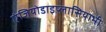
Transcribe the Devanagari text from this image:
एंजियोडाइप्लासियाभी